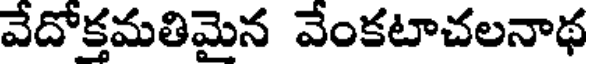
వేదోక్తమతిమైన వేంకటాచలనాథ